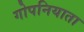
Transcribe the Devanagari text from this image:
गोपनियाता